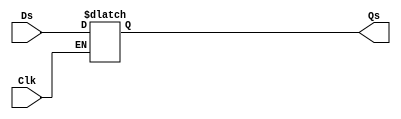
module reg8 (output reg[7:0] Qs, input [7:0] Ds, input Clk);
	always@(Clk)
		if(Clk == 1)
			Qs = Ds;
endmodule